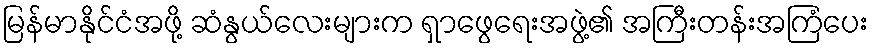
မြန်မာနိုင်ငံအဖို့ ဆံနွယ်လေးများက ရှာဖွေရေးအဖွဲ့၏ အကြီးတန်းအကြံပေး